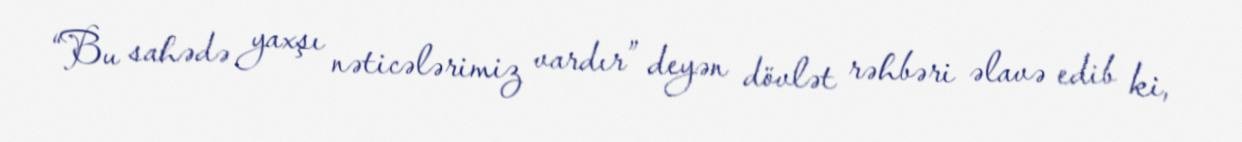
“Bu sahədə yaxşı nəticələrimiz vardır” deyən dövlət rəhbəri əlavə edib ki,